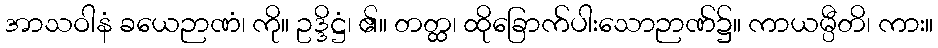
အာသဝါနံ ခယေဉာဏံ၊ ကို။ ဥဒ္ဒိဋ္ဌံ၊ ၏။ တတ္ထ၊ ထိုခြောက်ပါးသောဉာဏ်၌။ ကာယမ္ပီတိ၊ ကား။